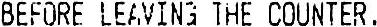
BEFORE LEAVING THE COUNTER .